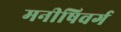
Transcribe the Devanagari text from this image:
मनीषिवर्ग